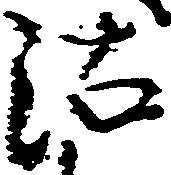
沽